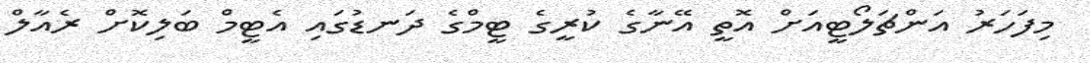
މިފަހަރު އަންޗަލޯޓީއަށް އޮތީ އޭނާގެ ކުރީގެ ޓީމްގެ ދަނޑުގައި އެޓީމް ބަލިކޮށް ރެއާލް